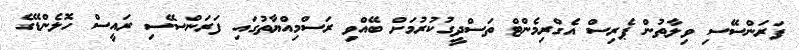
ފަރަންސޭސި ވިލާތުން ޕެރިސް އެގްރިމެންޓް ތަސްދީގުކުރުމަށް ބޭއްވި ރަސްމިއްޔާތުގައި ފަރަންސޭސި ރައީސް ހޮލެންޑޭގެ